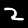
Digit: 2